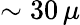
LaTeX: \sim 30\, \mu